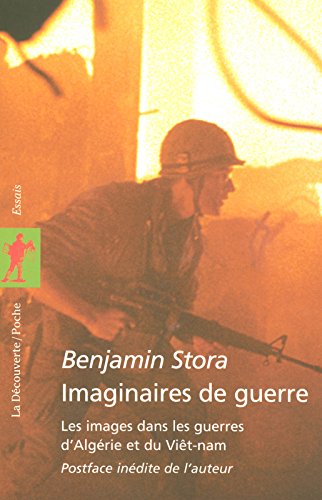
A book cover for Imaginaires de Guerre: Les Images dans les Guerres d'Algerie et du Viet-nam; Benjamin Stora; History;